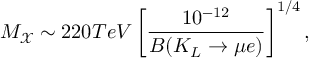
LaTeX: M _ { \mathcal { X } } \sim 2 2 0 T e V \left[ \frac { 1 0 ^ { - 1 2 } } { B ( K _ { L } \rightarrow \mu e ) } \right] ^ { 1 / 4 } ,